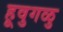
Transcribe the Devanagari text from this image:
हूवुगळु